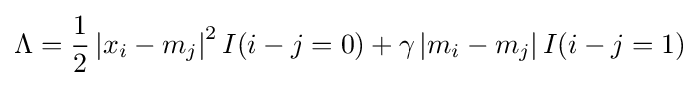
\Lambda ={\frac {1}{2}}\left|x_{i}-m_{j}\right|^{2}I(i-j=0)+\gamma \left|m_{i}-m_{j}\right|I(i-j=1)